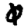
Digit: 0